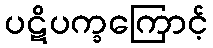
ပဋိပက္ခကြောင့်